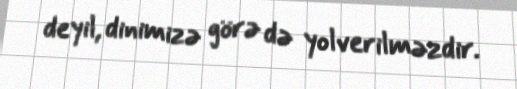
deyil, dinimizə görə də yolverilməzdir.